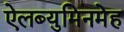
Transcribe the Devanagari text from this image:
ऐलब्युमिनमेह